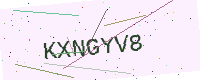
Text: KXNGYV8